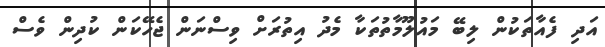
އަދި ފެއާތަކުން ލިބޭ މައުލޫމާތުތަކާ މެދު އިތުރަށް ވިސްނަން ޖެހޭކަން ކުދިން ވެސް